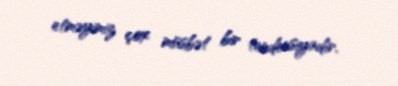
etməyimiz çox müsbət bir tendensiyadır.